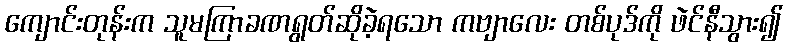
ကျောင်းတုန်းက သူမကြာခဏရွတ်ဆိုခဲ့ရသော ကဗျာလေး တစ်ပုဒ်ကို ဖဲင်နီသွား၍